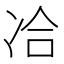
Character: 冾